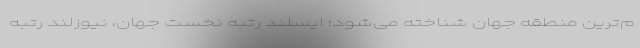
م‌ترین منطقه جهان شناخته می‌شود؛ ایسلند رتبه نخست جهان، نیوزلند رتبه